Vaccination in Bombay 1874-1876 - 1874-1876
Year: 1874
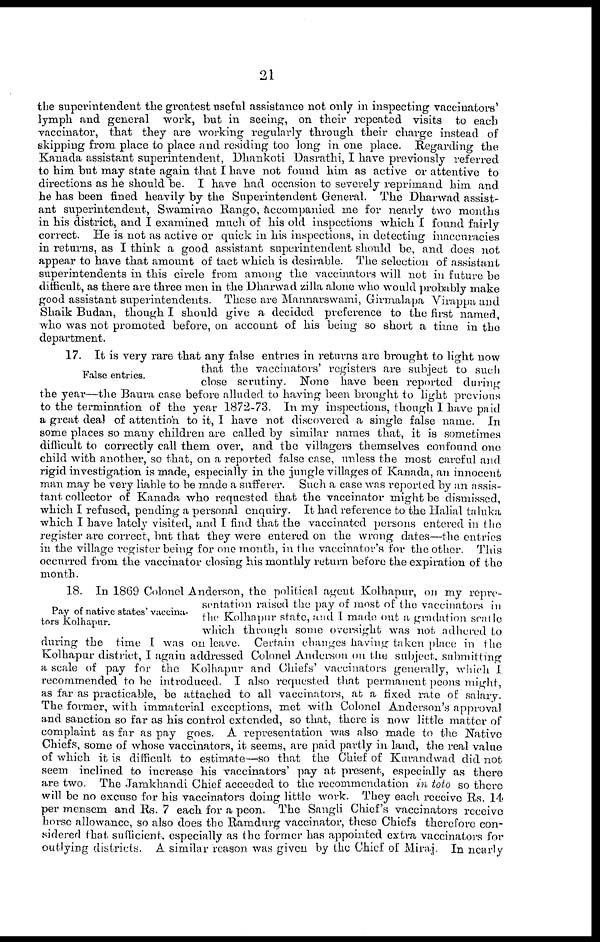
21
the superintendent the greatest useful assistance not only in inspecting vaccinators'
lymph and general work, but in seeing, on their repeated visits to each
vaccinator, that they are working regularly through their charge instead of
skipping from place to place and residing too long in one place. Regarding the
Kanada assistant superintendent, Dhankoti Dasrathi, I have previously referred
to him but may state again that I have not found him as active or attentive to
directions as he should be. I have had occasion to severely reprimand him and
he has been fined heavily by the Superintendent General. The Dharwad assist-
ant superintendent, Swamirao Rango, accompanied me for nearly two months
in his district, and I examined much of his old inspections which I found fairly
correct. He is not as active or quick in his inspections, in detecting inaccuracies
in returns, as I think a good assistant superintendent should be, and does not
appear to have that amount of tact which is desirable. The selection of assistant
superintendents in this circle from among the vaccinators will not in future be
difficult, as there are three men in the Dharwad zilla alone who would probably make
good assistant superintendents. These are Mannarswami, Girmalapa Virappa, and
Shaik Budan, though I should give a decided preference to the first named,
who was not promoted before, on account of his being so short a time in the
department.
False entries.
17. It is very rare that any false entries in returns are brought to light now
that the vaccinators' registers are subject to such
close scrutiny. None have been reported during
the year—the Baura case before alluded to having been brought to light previous
to the termination of the year 1872-73. In my inspections, though I have paid
a great deal of attention to it, I have not discovered a single false name. In
some places so many children are called by similar names that, it is sometimes
difficult to correctly call them over, and the villagers themselves confound one
child with another, so that, on a reported false case, unless the most careful and
rigid investigation is made, especially in the jungle villages of Kanada, an innocent
man may be very liable to be made a sufferer. Such a case was reported by an assis-
tant collector of Kanada who requested that the vaccinator might be dismissed,
which I refused, pending a personal enquiry. It had reference to the Halial taluka
which I have lately visited, and I find that the vaccinated persons entered in the
register are correct, but that they were entered on the wrong dates—the entries
in the village register being for one month, in the vaccinator's for the other. This
occurred from the vaccinator closing his monthly return before the expiration of the
month.
Pay of native states' vaccina-
tors Kolhapur.
18. In 1869 Colonel Anderson, the political agent Kolhapur, on my repre-
sentation raised the pay of most of the vaccinators in
the Kolhapur state, and I made out a gradation scatle
which through some oversight was not adhered to
during the time I was on leave. Certain changes having taken place in the
Kolhapur district, I again addressed Colonel Anderson on the subject, submitting
a scale of pay for the Kolhapur and Chiefs' vaccinators generally, which I
recommended to be introduced. I also requested that permanent peons might,
as far as practicable, be attached to all vaccinators, at a fixed rate of salary.
The former, with immaterial exceptions, met with Colonel Anderson's approval
and sanction so far as his control extended, so that, there is now little matter of
complaint as far as pay goes. A representation was also made to the Native
Chiefs, some of whose vaccinators, it seems, are paid partly in land, the real value
of which it is difficult to estimate—so that the Chief of Kurandwad did not
seem inclined to increase his vaccinators' pay at present, especially as there
are two. The Jamkhandi Chief acceeded to the recommendation in toto so there
will be no excuse for his vaccinators doing little work. They each receive Rs. 14
per mensem and Rs. 7 each for a peon. The Sangli Chief's vaccinators receive
horse allowance, so also does the Ramdurg vaccinator, these Chiefs therefore con-
sidered that sufficient. especially as the former has appointed extra vaccinators for
outlying districts. A similar reason was given by the Chief of Miraj. In nearly